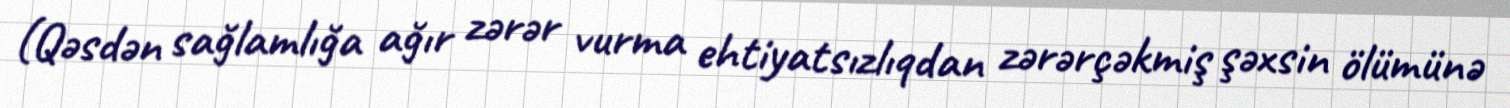
(Qəsdən sağlamlığa ağır zərər vurma ehtiyatsızlıqdan zərərçəkmiş şəxsin ölümünə